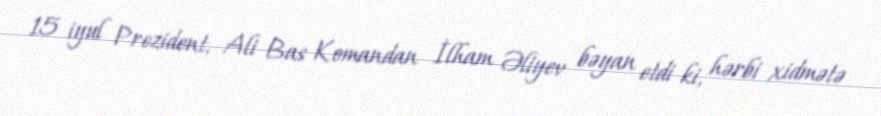
15 iyul Prezident, Ali Bas Komandan İlham Əliyev bəyan etdi ki, hərbi xidmətə